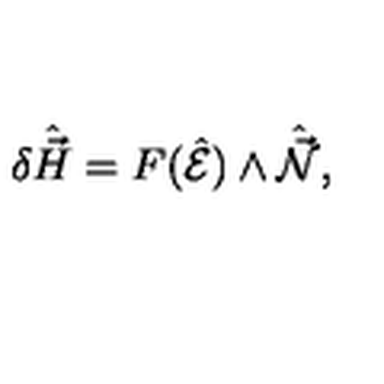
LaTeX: \delta \hat { \vec { H } } = F ( \hat { \cal E } ) \wedge \hat { \vec { \cal N } } ,